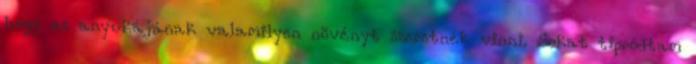
hogy az anyukájának valamilyen növényt szeretnék vinni. Sokat tipródtam